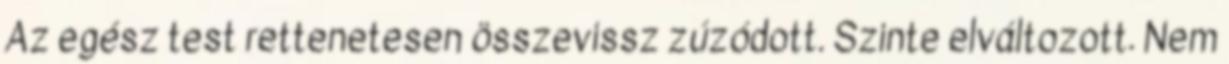
Az egész test rettenetesen összevissz zúzódott. Szinte elváltozott. Nem